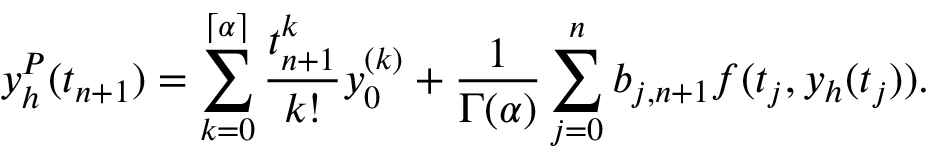
y _ { h } ^ { P } ( t _ { n + 1 } ) = \sum _ { k = 0 } ^ { \left\lceil { \alpha } \right\rceil } \frac { t _ { n + 1 } ^ { k } } { k ! } y _ { 0 } ^ { ( k ) } + \frac { 1 } { \Gamma ( \alpha ) } \sum _ { j = 0 } ^ { n } b _ { j , n + 1 } f ( t _ { j } , y _ { h } ( t _ { j } ) ) .